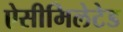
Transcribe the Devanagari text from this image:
ऐसीमिलेटेड